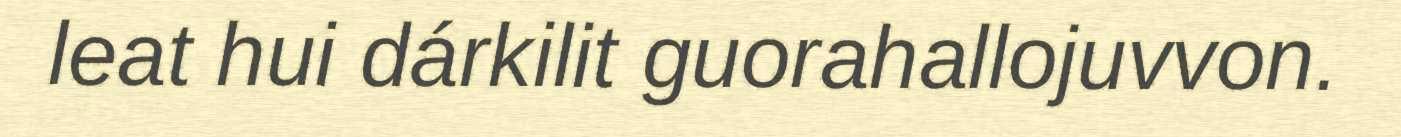
leat hui dárkilit guorahallojuvvon.